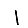
Digit: 1